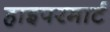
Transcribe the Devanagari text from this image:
हाइपरमार्ट